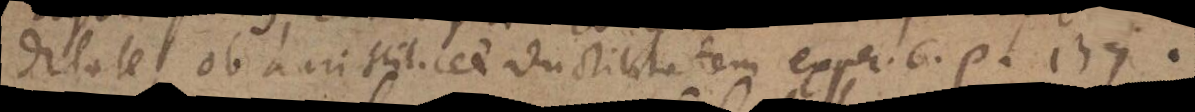
ditate, ob auri scilicet ductilitatem exper. 6. p. 139.